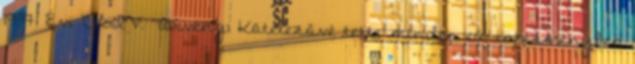
1997. Évi CLIV. Törvény: Kötelezővé tette minden eü. intézményben